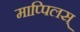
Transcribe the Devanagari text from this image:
माप्पिलस्